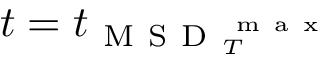
t = t _ { \mathrm { ~ M ~ S ~ D ~ } _ { T } ^ { \mathrm { ~ m ~ a ~ x ~ } } }